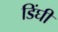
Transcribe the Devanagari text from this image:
डिंघी